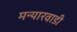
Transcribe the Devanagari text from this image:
मन्यारवाडी